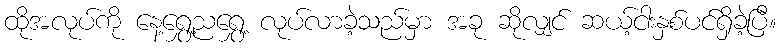
ထိုအလုပ်ကို နေ့ရွှေ့ညရွှေ့ လုပ်လာခဲ့သည်မှာ အခု ဆိုလျှင် ဆယ့်ငါးနှစ်ပင်ရှိခဲ့ပြီ။